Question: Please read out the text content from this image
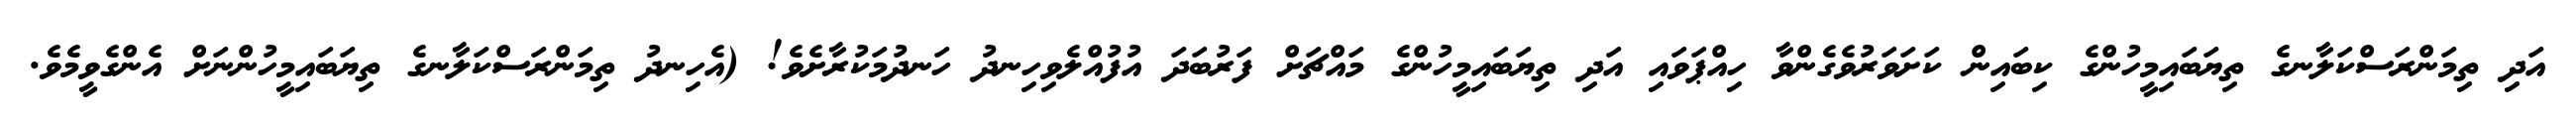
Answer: އަދި ތިމަންރަސްކަލާނގެ ތިޔަބައިމީހުންގެ ކިބައިން ކަށަވަރުވެގެންވާ ހިއްޕަވައި އަދި ތިޔަބައިމީހުންގެ މައްޗަށް ފަރުބަދަ އުފުއްލެވިހިނދު ހަނދުމަކުރާށެވެ! (އެހިނދު ތިމަންރަސްކަލާނގެ ތިޔަބައިމީހުންނަށް އެންގެވީމެވެ.